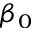
\beta _ { 0 }